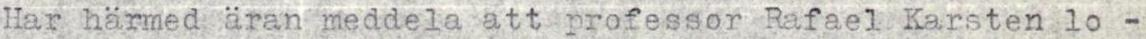
Har härmed äran meddela att professor Rafael Karsten lo-